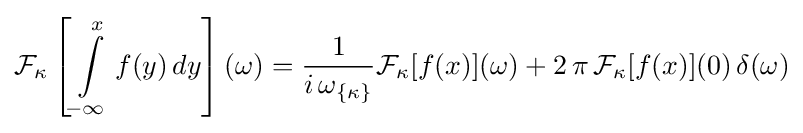
{\cal {F}}_{\kappa }\left[\int \limits _{-\infty }\limits ^{x}f(y)\,dy\right](\omega )={1 \over i\,\omega _{\{\kappa \}}}{\cal {F}}_{\kappa }[f(x)](\omega )+2\,\pi \,{\cal {F}}_{\kappa }[f(x)](0)\,\delta (\omega )